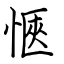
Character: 愜